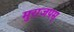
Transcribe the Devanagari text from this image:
मुराजपम्